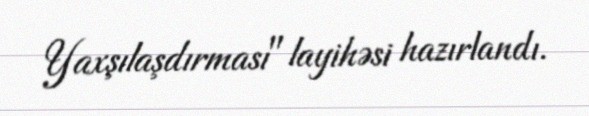
Yaxşılaşdırması" layihəsi hazırlandı.